Vabadussoja_Ajaloo_Komitee, lk 41
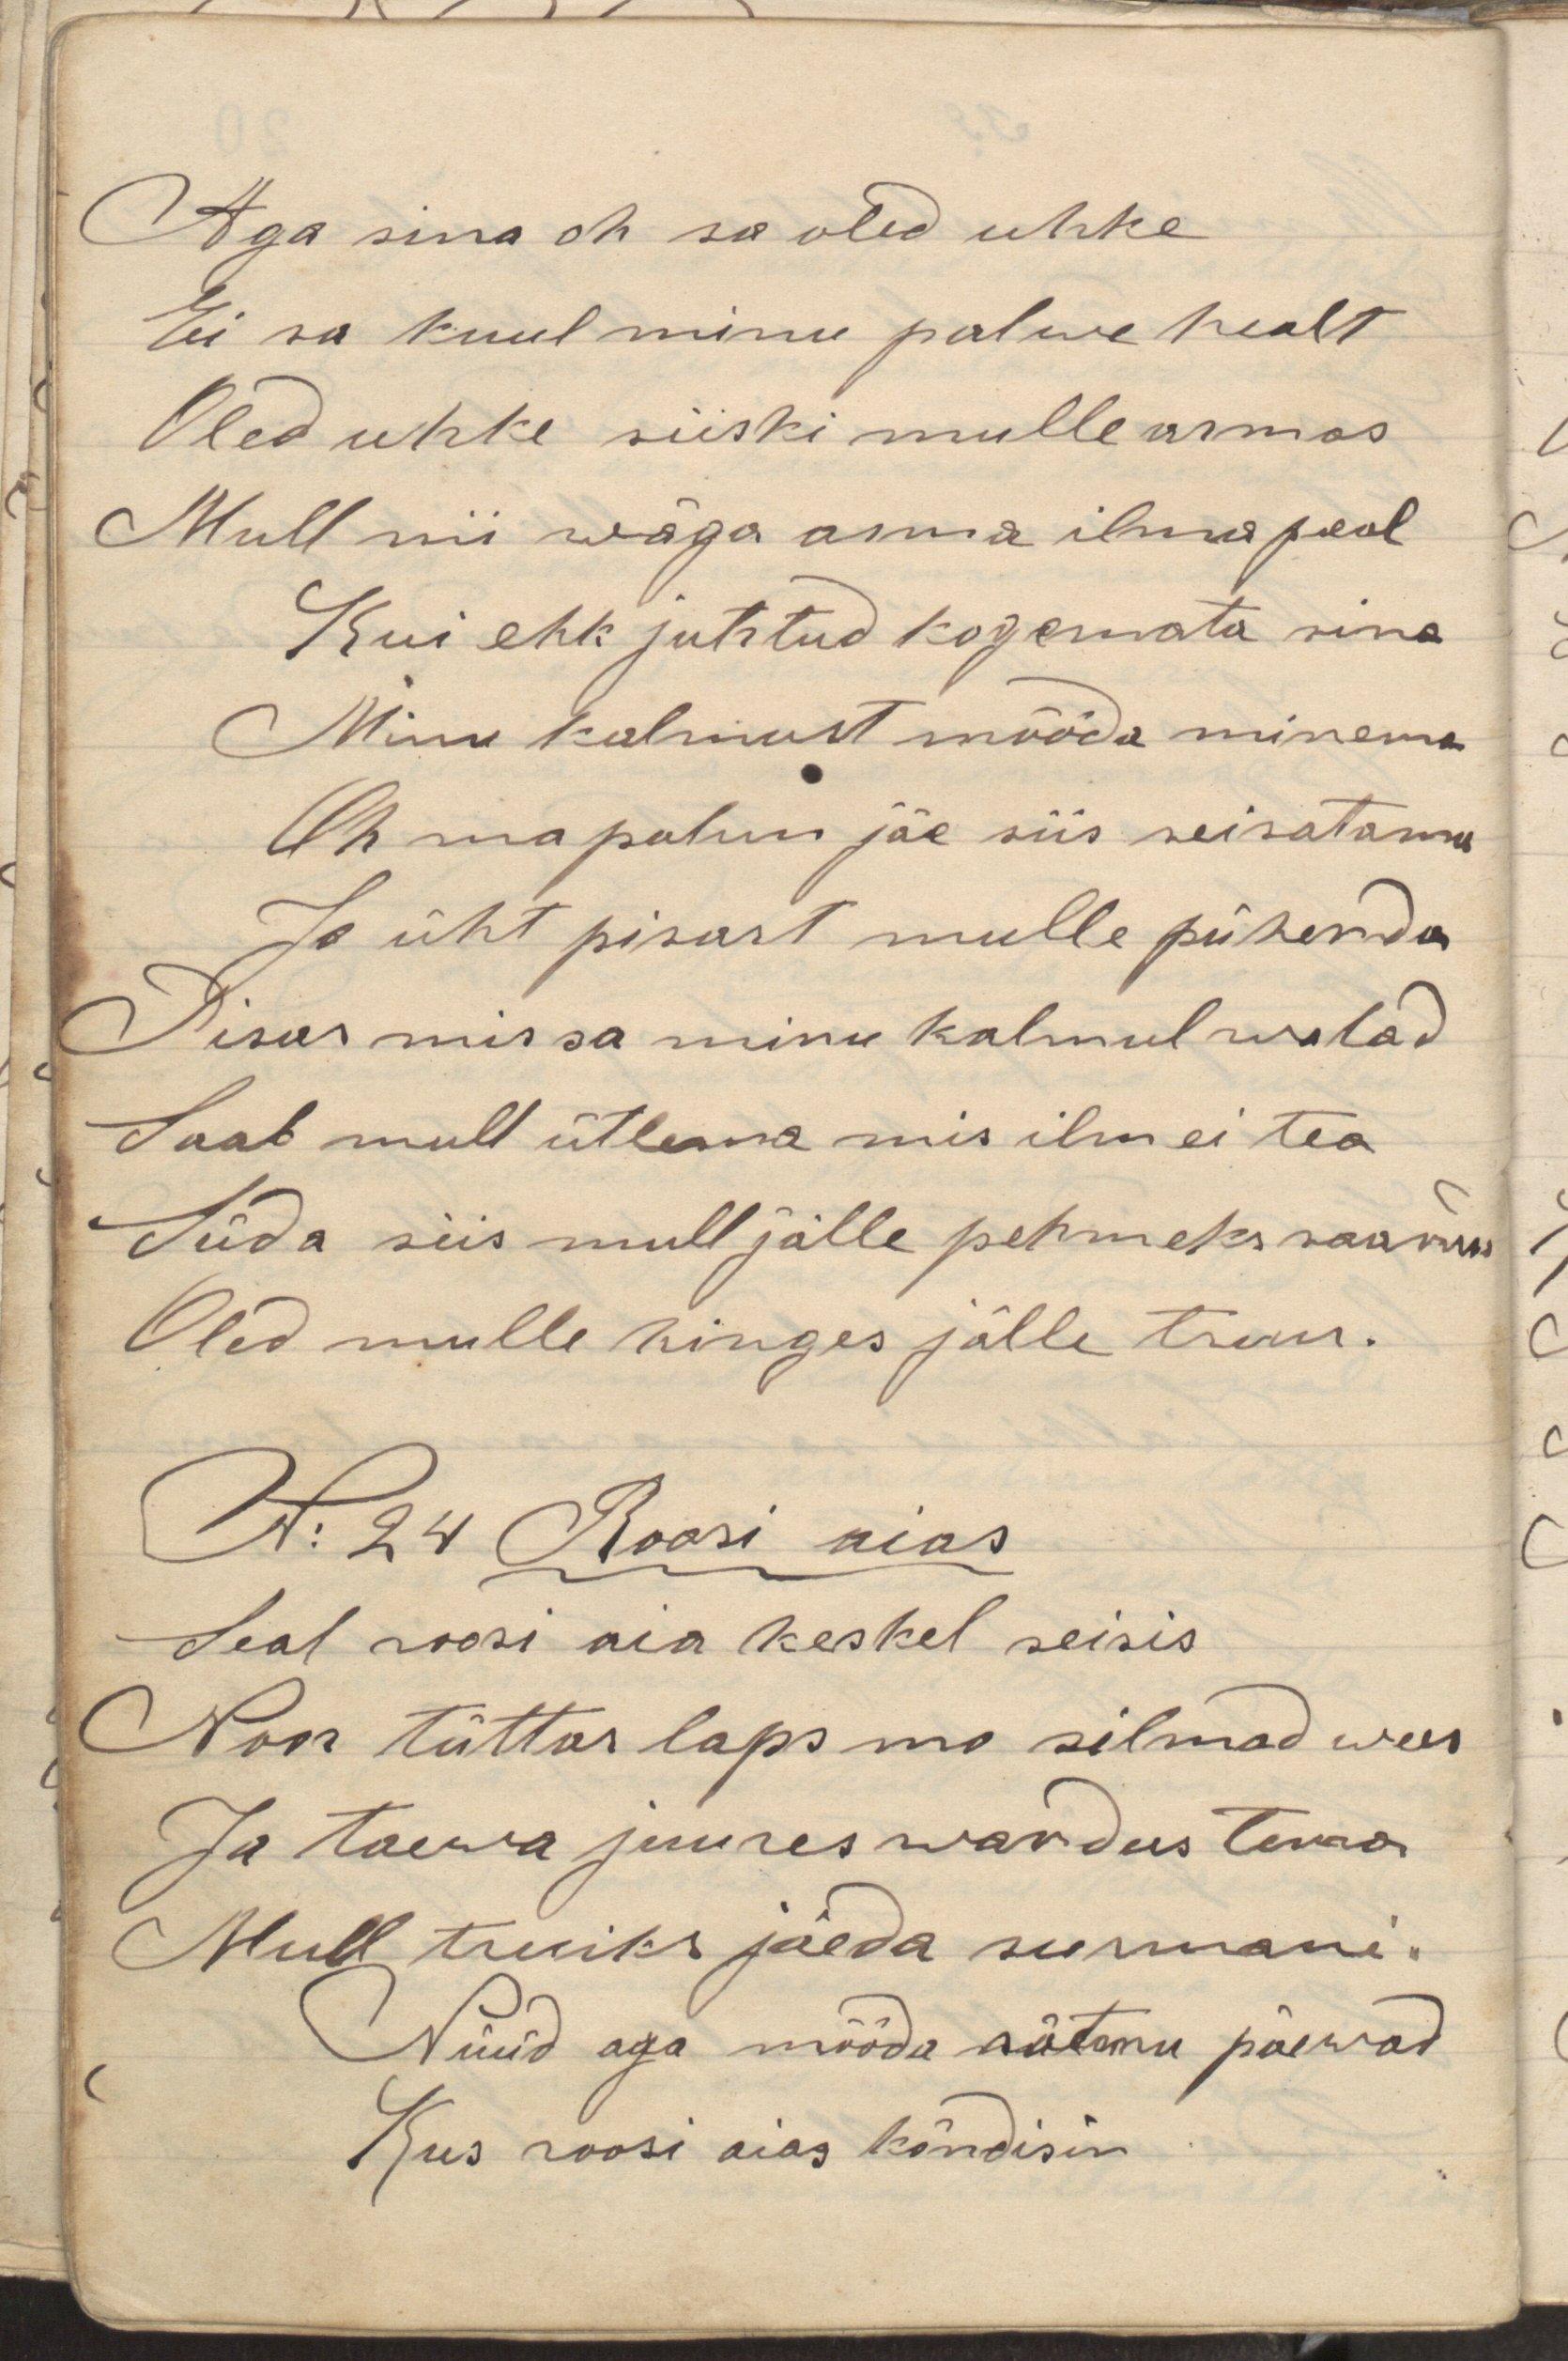
Aga sina oh sa oled uhke
Ei sa kuul minu palwe healt
Oled uhke siiski mulle armas
Mull nii wäga arma ilma peal
Kui ehk juhtud kogemata sina
Minu kalmust mööda minema
Oh ma palun jäe siis seisatama
Ja üht pisart mulle pühenda
Pisar mis sa minu kalmul walad
Saab mull ütlema mis ilm ei tea
Süda siis mull jälle pehmeks saanud
Oled mulle hinges jälle truu.
N: 24 Roosi aias
Seal roosi aia keskel seisis
Noor tüttar laps mo silmad wees
Ja taewa juures wandus tema
Mull truiks jäeda surmani.
Nüüd aga mööda sütamu päewad
Kus roosi aias kõndisin